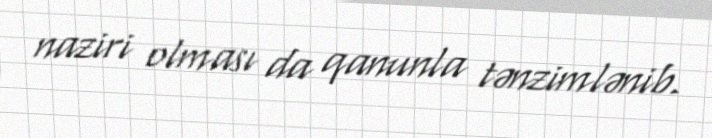
naziri olması da qanunla tənzimlənib.